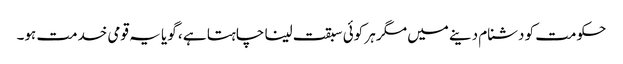
حکومت کو دشنام دینے میں مگر ہر کوئی سبقت لینا چاہتا ہے ، گویا یہ قومی خدمت ہو۔